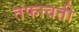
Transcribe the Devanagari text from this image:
तफावती